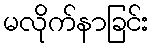
မလိုက်နာခြင်း